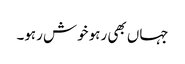
جہاں بھی رہو خوش رہو۔